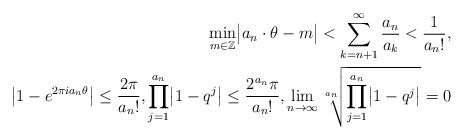
LaTeX: \begin{align*} \min_{m\in\mathbb Z}\bigl|a_n\cdot\theta-m\bigr|<\sum_{k=n+1}^\infty\frac{a_n}{a_k}<\frac1{a_n!}, \\ \bigl|1-e^{2\pi ia_n\theta}\bigr|\le\frac{2\pi}{a_n!}, \prod_{j=1}^{a_n}\bigl|1-q^j\bigr|\le\frac{2^{a_n}\pi}{a_n!}, \lim_{n\to\infty}\sqrt[a_n]{\prod_{j=1}^{a_n}\bigl|1-q^j\bigr|}=0\end{align*}